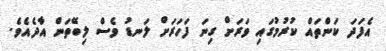
އެފަދަ ކަންތައް ކުރުމުގައި ވަރަށް ގިނަ ފަހަރަށް ލަނޑު ވެސް ލިބޭތަން އާދެއެވެ.